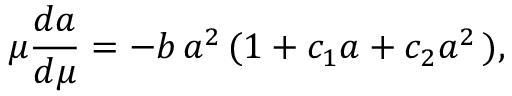
\mu \frac { d a } { d \mu } = - b \, a ^ { 2 } \, ( 1 + c _ { 1 } a + c _ { 2 } a ^ { 2 } \, ) ,